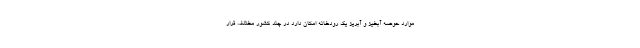
موارد حوضه آبخیز و آبریز یک رودخانه امکان دارد در چند کشور مختلف قرار